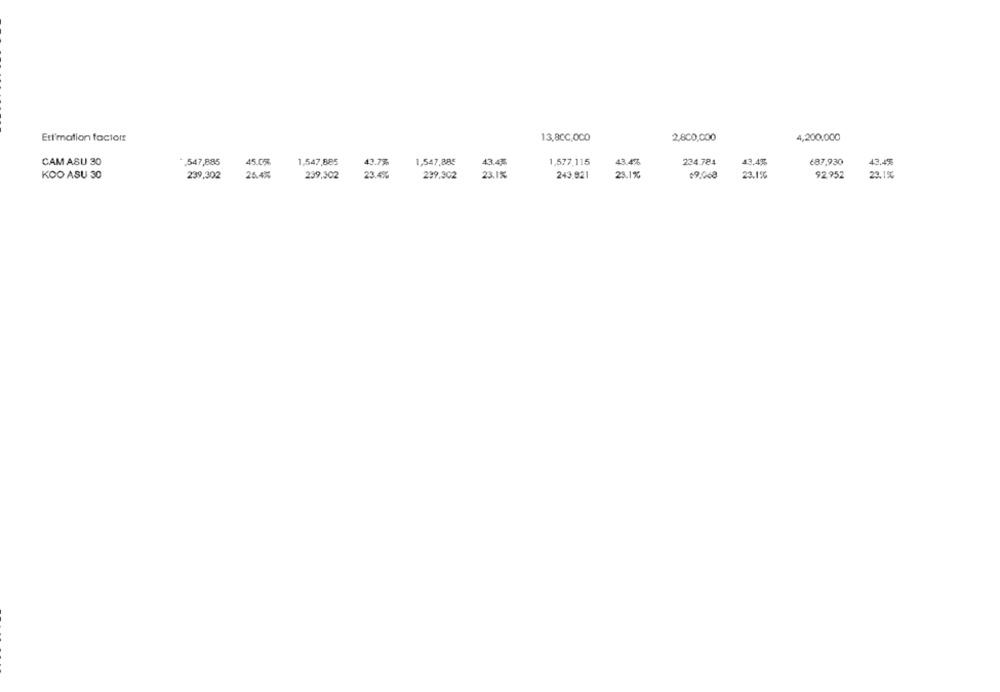
Eti'mation factors
13,8CC,OCO
2,800,000
4,200.000
CAM ASU 30
.547,885
45.0%
1,547,885
43.7%
1,547,885
43.4%
1,577,115
43.4%
234.784
43.4%
687,930
43.4%
KOO ASU 30
239,302
25.4%
239,302
23.4%
299.302
23.1%
243,921
23.1%
09.068
23.1%
92,952
23.1%